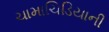
ચામાચિડિયાની